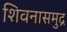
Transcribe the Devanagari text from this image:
शिवनासमुद्र